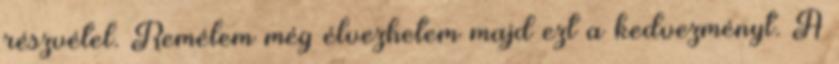
részvétel. Remélem még élvezhetem majd ezt a kedvezményt. A